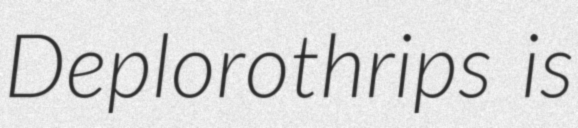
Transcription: Deplorothrips is